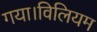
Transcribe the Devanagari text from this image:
गया।विलियम